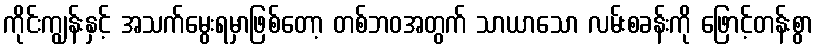
ကိုင်းကျွန်းနှင့် အသက်မွေးရမှာဖြစ်တော့ တစ်ဘဝအတွက် သာယာသော လမ်းစခန်းကို ဖြောင့်တန်းစွာ